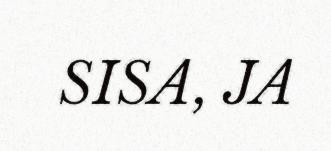
SISA, JA